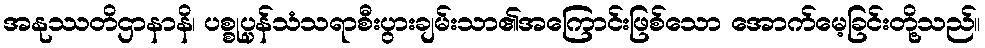
အနုဿတိဌာနာနိ၊ ပစ္စုပ္ပန်သံသရာစီးပွားချမ်းသာ၏အကြောင်းဖြစ်သော အောက်မေ့ခြင်းတို့သည်။